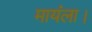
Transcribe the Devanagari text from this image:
मायंला।